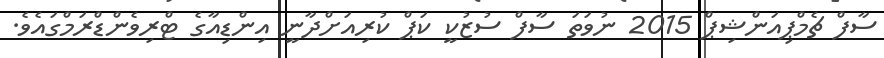
ސާފް ޗެމްޕިއަންޝިޕް 2015 ނުވަތަ ސާފް ސުޒުކީ ކަޕް ކުރިއަށްދާނީ އިންޑިއާގެ ޓްރިވެންޑްރަމްގައެވެ.